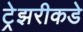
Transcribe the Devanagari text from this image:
ट्रेझरीकडे